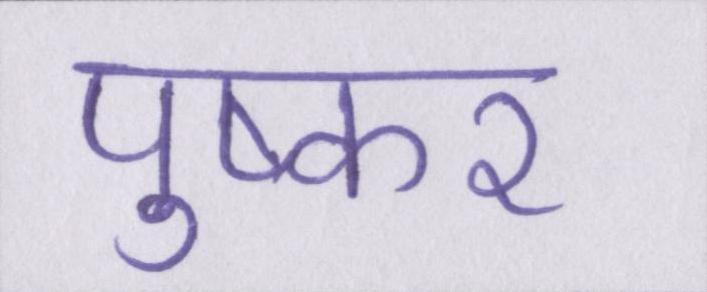
पुष्कर